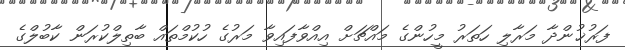
ފަރުޚުންދާ މަރާލި ހަތަރު މީހުންގެ މައްޗަށް އިއްވާފައިވާ މަރުގެ ހުކުމްތައް ބާތިލްކުރަން ކާބުލްގެ